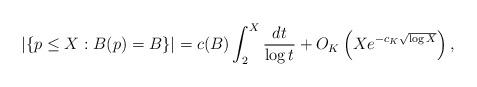
LaTeX: \begin{align*}|\{p \leq X : B(p) = B\}| = c(B) \int_2^X \frac{dt}{\log t} + O_K\left(X e^{-c_K\sqrt{\log X}}\right),\end{align*}